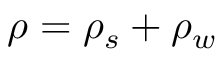
\rho = \rho _ { s } + \rho _ { w }